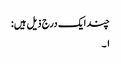
چند ایک درج ذیل ہیں:
۱۔